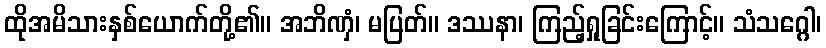
ထိုအမိသားနှစ်ယောက်တို့၏။ အဘိဏှံ၊ မပြတ်။ ဒဿနာ၊ ကြည့်ရှုခြင်းကြောင့်။ သံသဂ္ဂေါ၊